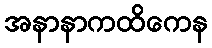
အနာနာကထိကေန